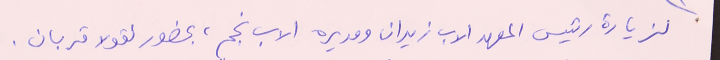
لزيارة رئيس المعهد الاب زيدان ومديره الاب نجم، بحضور نقولا قربان.